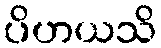
ပိဟယသိ